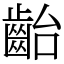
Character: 齝